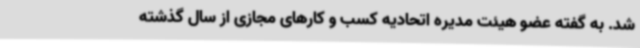
شد. به گفته عضو هیئت مدیره اتحادیه کسب و کارهای مجازی از سال گذشته